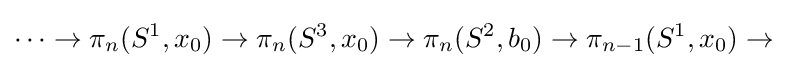
\cdots \rightarrow \pi _{n}(S^{1},x_{0})\rightarrow \pi _{n}(S^{3},x_{0})\rightarrow \pi _{n}(S^{2},b_{0})\rightarrow \pi _{n-1}(S^{1},x_{0})\rightarrow